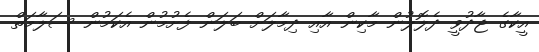
އީކާގެ ޖާދުވީ ދެލޮލުން މާކިން އާއި ދިމާލަށް ބަލަން ފެށުމުން އެކަމުން ސަލާމަތް